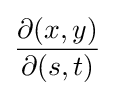
{\frac {\partial (x,y)}{\partial (s,t)}}